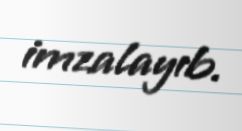
imzalayıb.